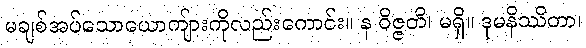
မချစ်အပ်သောယောကျ်ားကိုလည်းကောင်း။ န ဝိဇ္ဇတိ၊ မရှိ။ ဒုမနိဿိတာ၊